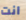
انت